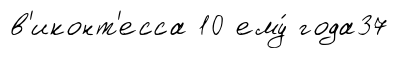
в'иконт'есса 10 ему́ года37